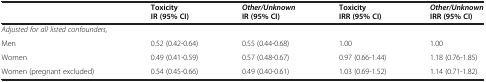
|  | Toxicity IR (95% CI) | Other/Unknown IR (95% CI) | Toxicity IRR (95% CI) | Other/Unknown IRR (95% CI) |
 | --- | --- | --- | --- | --- |
 | Adjusted for all listed confounders, |  |  |  |  |
 | Men | 0.52 (0.42-0.64) | 0.55 (0.44-0.68) | 1.00 | 1.00 |
 | Women | 0.49 (0.41-0.59) | 0.57 (0.48-0.67) | 0.97 (0.66-1.44) | 1.18 (0.76-1.85) |
 | Women (pregnant excluded) | 0.54 (0.45-0.66) | 0.49 (0.40-0.61) | 1.03 (0.69-1.52) | 1.14 (0.71-1.82) |